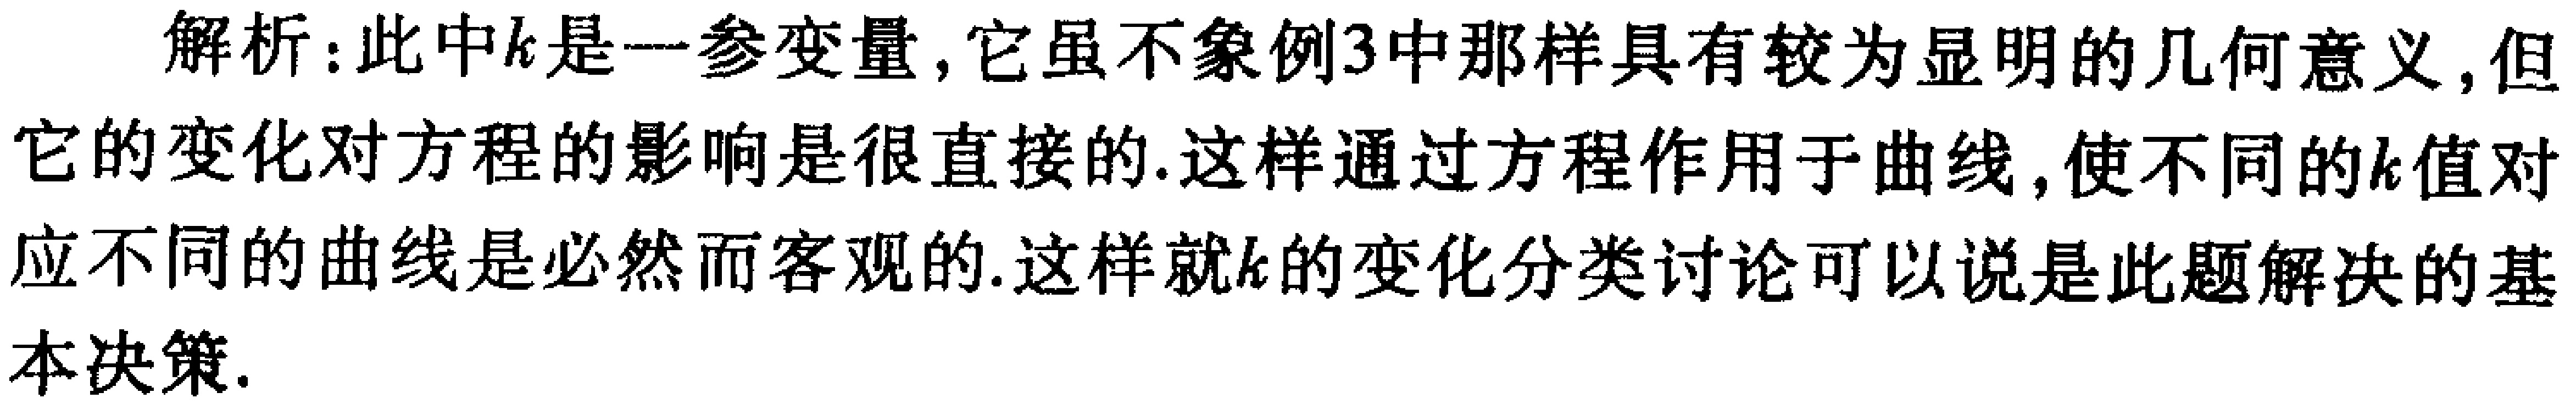
解析：此中\(k\)是一参变量，它虽不象例3中那样具有较为显明的几何意义，但它的变化对方程的影响是很直接的.这样通过方程作用于曲线，使不同的\(k\)值对应不同的曲线是必然而客观的.这样就\(k\)的变化分类讨论可以说是此题解决的基本决策.